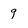
Character: 9